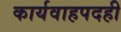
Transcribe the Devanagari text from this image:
कार्यवाहपदही